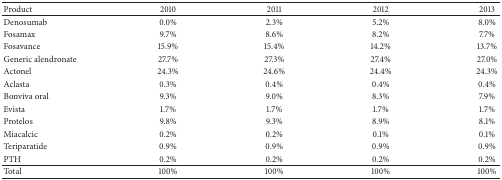
<table><thead><tr><td><b>Product</b></td><td><b>2010</b></td><td><b>2011</b></td><td><b>2012</b></td><td><b>2013</b></td></tr></thead><tbody><tr><td>Denosumab</td><td>0.0%</td><td>2.3%</td><td>5.2%</td><td>8.0%</td></tr><tr><td>Fosamax</td><td>9.7%</td><td>8.6%</td><td>8.2%</td><td>7.7%</td></tr><tr><td>Fosavance</td><td>15.9%</td><td>15.4%</td><td>14.2%</td><td>13.7%</td></tr><tr><td>Generic alendronate</td><td>27.7%</td><td>27.3%</td><td>27.4%</td><td>27.0%</td></tr><tr><td>Actonel </td><td>24.3%</td><td>24.6%</td><td>24.4%</td><td>24.3%</td></tr><tr><td>Aclasta</td><td>0.3%</td><td>0.4%</td><td>0.4%</td><td>0.4%</td></tr><tr><td>Bonviva oral</td><td>9.3%</td><td>9.0%</td><td>8.3%</td><td>7.9%</td></tr><tr><td>Evista</td><td>1.7%</td><td>1.7%</td><td>1.7%</td><td>1.7%</td></tr><tr><td>Protelos</td><td>9.8%</td><td>9.3%</td><td>8.9%</td><td>8.1%</td></tr><tr><td>Miacalcic</td><td>0.2%</td><td>0.2%</td><td>0.1%</td><td>0.1%</td></tr><tr><td>Teriparatide</td><td>0.9%</td><td>0.9%</td><td>0.9%</td><td>0.9%</td></tr><tr><td>PTH</td><td>0.2%</td><td>0.2%</td><td>0.2%</td><td>0.2%</td></tr><tr><td>Total</td><td>100%</td><td>100%</td><td>100%</td><td>100%</td></tr></tbody></table>